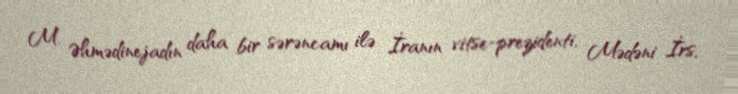
M. Əhmədinejadın daha bir sərəncamı ilə İranın vitse-prezidenti, Mədəni İrs,